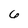
Character: 6